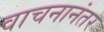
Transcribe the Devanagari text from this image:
वाचनानंतर